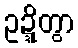
ဥဍ္ဍိတွာ